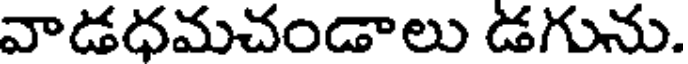
వాడధమచండాలు డగును.